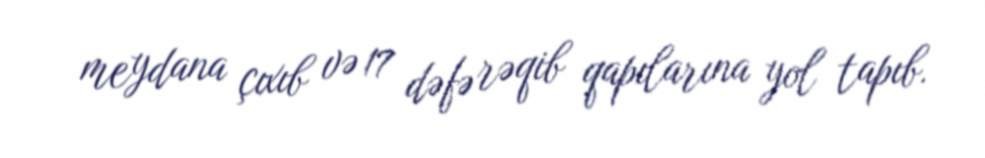
meydana çıxıb və 17 dəfə rəqib qapılarına yol tapıb.